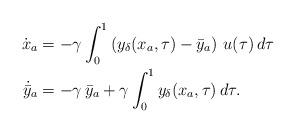
LaTeX: \begin{align*}\dot{{x}}_a &=-\gamma \int_{0}^{1} \left ( y_\delta({x_a},\tau)-\bar{y}_a \right ) \, u(\tau)\,d\tau\\\dot{\bar{y}}_a & = -\gamma\,\bar{y}_a + \gamma\int_{0}^{1}y_\delta ({x}_a,\tau)\,d\tau.\end{align*}